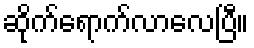
ဆိုက်ရောက်လာလေပြီ။